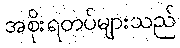
အစိုးရတပ်များသည်